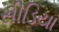
સીડિયા